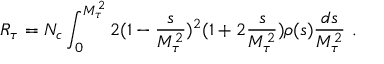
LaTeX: R _ { \tau } = N _ { c } \int _ { 0 } ^ { M _ { \tau } ^ { 2 } } 2 ( 1 - { \frac { s } { M _ { \tau } ^ { 2 } } } ) ^ { 2 } ( 1 + 2 { \frac { s } { M _ { \tau } ^ { 2 } } } ) \rho ( s ) { \frac { d s } { M _ { \tau } ^ { 2 } } } \ .